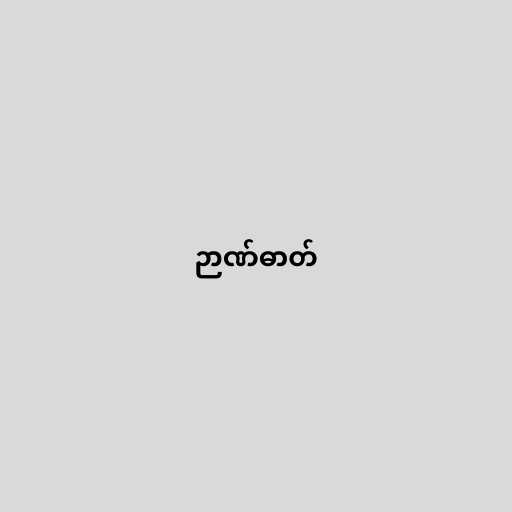
ဉာဏ်ဓာတ်